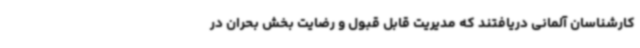
کارشناسان آلمانی دریافتند که مدیریت قابل قبول و رضایت بخش بحران در